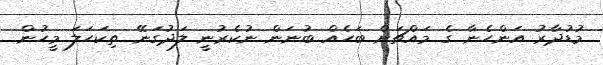
މުޑުދާރު އަންހެނާ ގެ މައްޗަށް ބަހެއް ބުނަން ނުކެރުނީ ލަދުގަނޭ ތިކަހަލަ މީހުން